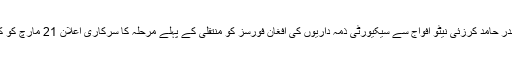
افغان صدر حامد کرزئی نیٹو افواج سے سیکیورٹی ذمہ داریوں کی افغان فورسز کو منتقلی کے پہلے مرحلہ کا سرکاری اعلان 21 مارچ کو کرینگے۔